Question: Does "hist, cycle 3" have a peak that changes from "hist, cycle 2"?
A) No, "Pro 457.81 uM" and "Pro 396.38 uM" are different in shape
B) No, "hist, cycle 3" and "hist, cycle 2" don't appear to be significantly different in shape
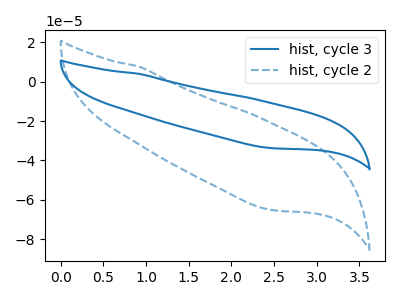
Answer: <think>The blue curve "hist, cycle 3" has no peaks. The blue dashed curve "hist, cycle 2" has no peaks.
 Neither "hist, cycle 3" or "hist, cycle 2" have any peaks.</think>
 <answer>B) No, "hist, cycle 3" and "hist, cycle 2" don't appear to be significantly different in shape</answer>
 <eval>B</eval>